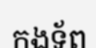
កងទ័ព